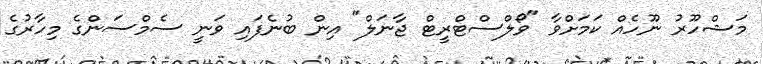
މަޝްހޫރު ނޫހެއް ކަމަށްވާ "ވޯލްސްޓްރީޓް ޖާނަލް" އިން ބުނެފައި ވަނީ ސެމްސަންގެ މިހާރުގެ